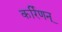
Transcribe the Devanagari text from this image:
कर्रिणन्